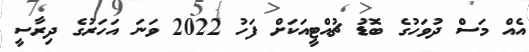
އެއް މަސް ދުވަހުގެ ބޮޑު ޗުއްޓީއަކަށް ފަހު 2022 ވަނަ އަހަރުގެ ދިރާސީ